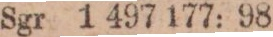
Sgr 1 497 177: 98